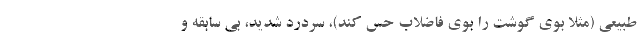
طبیعی (مثلا بوی گوشت را بوی فاضلاب حس کند)، سردرد شدید، بی سابقه و